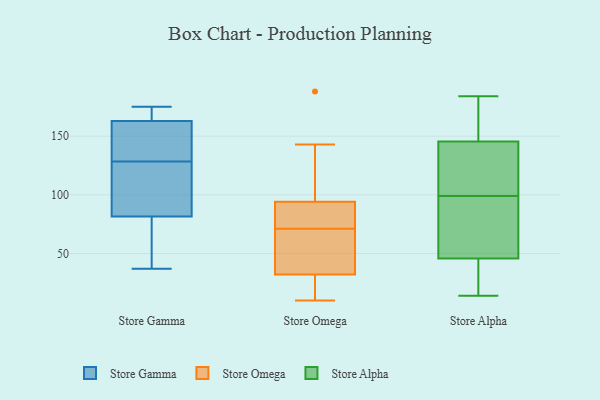
{"axis": {"x": "Inventory Turnover", "y": "Value"}, "legend": ["Store Alpha", "Store Gamma", "Store Omega"], "data": [{"x": "", "y": 37, "type": "Store Gamma"}, {"x": "", "y": 155, "type": "Store Gamma"}, {"x": "", "y": 75, "type": "Store Gamma"}, {"x": "", "y": 175, "type": "Store Gamma"}, {"x": "", "y": 162, "type": "Store Gamma"}, {"x": "", "y": 61, "type": "Store Gamma"}, {"x": "", "y": 86, "type": "Store Gamma"}, {"x": "", "y": 121, "type": "Store Gamma"}, {"x": "", "y": 165, "type": "Store Gamma"}, {"x": "", "y": 146, "type": "Store Gamma"}, {"x": "", "y": 136, "type": "Store Gamma"}, {"x": "", "y": 164, "type": "Store Gamma"}, {"x": "", "y": 77, "type": "Store Gamma"}, {"x": "", "y": 102, "type": "Store Gamma"}, {"x": "", "y": 173, "type": "Store Gamma"}, {"x": "", "y": 99, "type": "Store Gamma"}, {"x": "", "y": 118, "type": "Store Omega"}, {"x": "", "y": 71, "type": "Store Omega"}, {"x": "", "y": 70, "type": "Store Omega"}, {"x": "", "y": 20, "type": "Store Omega"}, {"x": "", "y": 188, "type": "Store Omega"}, {"x": "", "y": 96, "type": "Store Omega"}, {"x": "", "y": 23, "type": "Store Omega"}, {"x": "", "y": 143, "type": "Store Omega"}, {"x": "", "y": 71, "type": "Store Omega"}, {"x": "", "y": 32, "type": "Store Omega"}, {"x": "", "y": 40, "type": "Store Omega"}, {"x": "", "y": 55, "type": "Store Omega"}, {"x": "", "y": 20, "type": "Store Omega"}, {"x": "", "y": 10, "type": "Store Omega"}, {"x": "", "y": 84, "type": "Store Omega"}, {"x": "", "y": 88, "type": "Store Omega"}, {"x": "", "y": 32, "type": "Store Omega"}, {"x": "", "y": 79, "type": "Store Omega"}, {"x": "", "y": 136, "type": "Store Omega"}, {"x": "", "y": 110, "type": "Store Alpha"}, {"x": "", "y": 73, "type": "Store Alpha"}, {"x": "", "y": 174, "type": "Store Alpha"}, {"x": "", "y": 99, "type": "Store Alpha"}, {"x": "", "y": 36, "type": "Store Alpha"}, {"x": "", "y": 160, "type": "Store Alpha"}, {"x": "", "y": 109, "type": "Store Alpha"}, {"x": "", "y": 156, "type": "Store Alpha"}, {"x": "", "y": 14, "type": "Store Alpha"}, {"x": "", "y": 142, "type": "Store Alpha"}, {"x": "", "y": 24, "type": "Store Alpha"}, {"x": "", "y": 184, "type": "Store Alpha"}, {"x": "", "y": 59, "type": "Store Alpha"}, {"x": "", "y": 111, "type": "Store Alpha"}, {"x": "", "y": 49, "type": "Store Alpha"}, {"x": "", "y": 73, "type": "Store Alpha"}, {"x": "", "y": 23, "type": "Store Alpha"}]}